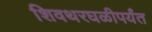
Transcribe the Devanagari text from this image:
शिवथरघळीपर्यंत